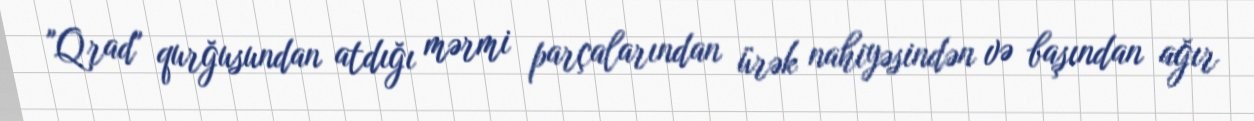
"Qrad" qurğusundan atdığı mərmi parçalarından ürək nahiyəsindən və başından ağır